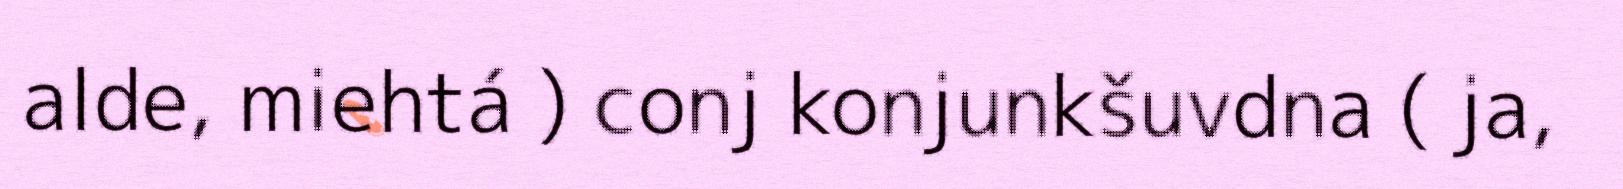
alde, miehtá ) conj konjunkšuvdna ( ja,